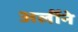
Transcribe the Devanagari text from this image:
अर्लीने